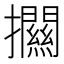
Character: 𢹶